Civil Veterinary Department. United Provinces 1932-42 - 1932-1942
Year: 1932
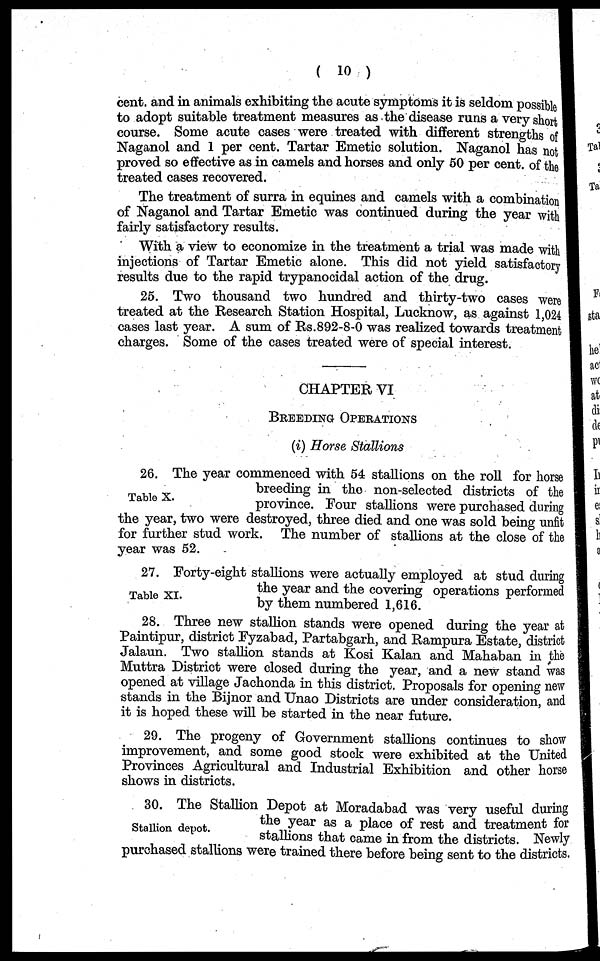
( 10 )
cent. and in animals exhibiting the acute symptoms it is seldom possible
to adopt suitable treatment measures as the disease runs a very short
course. Some acute cases were treated with different strengths of
Naganol and 1 per cent. Tartar Emetic solution. Naganol has not
proved so effective as in camels and horses and only 50 per cent. of the
treated cases recovered.
The treatment of surra in equines and camels with a combination
of Naganol and Tartar Emetic was continued during the year with
fairly satisfactory results.
With a view to economize in the treatment a trial was made with
injections of Tartar Emetic alone. This did not yield satisfactory
results due to the rapid trypanocidal action of the drug.
25. Two thousand two hundred and thirty-two cases were
treated at the Research Station Hospital, Lucknow, as against 1,024
cases last year. A sum of Rs. 892-8-0 was realized towards treatment
charges. Some of the cases treated were of special interest.
CHAPTER VI
BREEDING OPERATIONS
(i) Horse Stallions
Table X.
26. The year commenced with 54 stallions on the roll for horse
breeding in the non-selected districts of the
province. Four stallions were purchased during
the year, two were destroyed, three died and one was sold being unfit
for further stud work. The number of stallions at the close of the
year was 52.
Table XI.
27. Forty-eight stallions were actually employed at stud during
the year and the covering operations performed
by them numbered 1,616.
28. Three new stallion stands were opened during the year at
Paintipur, district Fyzabad, Partabgarh, and Rampura Estate, district
Jalaun. Two stallion stands at Kosi Kalan and Mahaban in the
Muttra District were closed during the year, and a new stand was
opened at village Jachonda in this district. Proposals for opening new
stands in the Bijnor and Unao Districts are under consideration, and
it is hoped these will be started in the near future.
29. The progeny of Government stallions continues to show
improvement, and some good stock were exhibited at the United
Provinces Agricultural and Industrial Exhibition and other horse
shows in districts.
Stallion depot.
30. The Stallion Depot at Moradabad was very useful during
the year as a place of rest and treatment for
stallions that came in from the districts. Newly
purchased stallions were trained there before being sent to the districts.